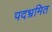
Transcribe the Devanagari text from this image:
पदभ्रमित